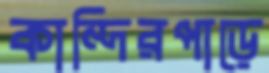
কান্দিরপাড়ে